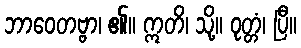
ဘာဝေတဗ္ဗာ၊ ၏။ ဣတိ၊ သို့။ ဝုတ္တံ၊ ပြီ။